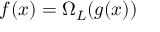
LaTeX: f ( x ) = \Omega _ { L } ( g ( x ) )